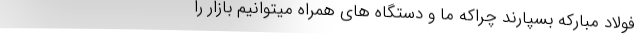
فولاد مبارکه بسپارند چراکه ما و دستگاه های همراه میتوانیم بازار را